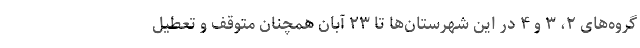
گروه‌های ۲، ۳ و ۴ در این شهرستان‌ها تا ۲۳ آبان همچنان متوقف و تعطیل